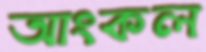
আংকল